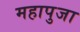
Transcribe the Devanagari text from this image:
महापुजा